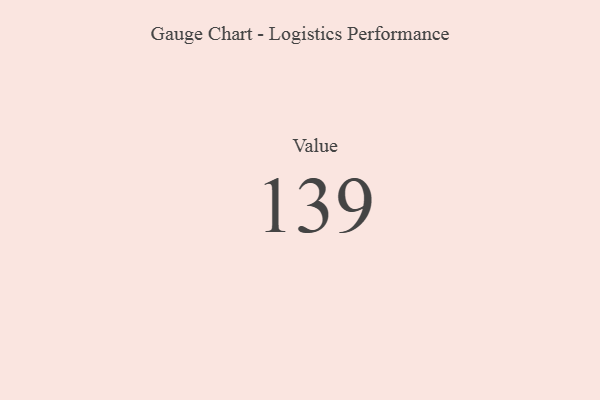
{"axis": {"x": "Metric", "y": "Value"}, "legend": [""], "data": [{"x": "Value", "y": 139, "type": ""}]}